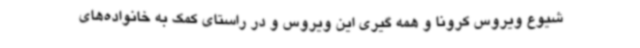
شیوع ویروس کرونا و همه گیری این ویروس و در راستای کمک به خانواده‌های